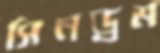
সিনড্রম